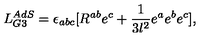
L _ { G 3 } ^ { A d S } = \epsilon _ { a b c } [ R ^ { a b } e ^ { c } + \frac { 1 } { 3 l ^ { 2 } } e ^ { a } e ^ { b } e ^ { c } ] ,